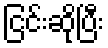
ငြင်းဆိုပြီး